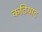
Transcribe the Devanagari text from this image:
कठियाद